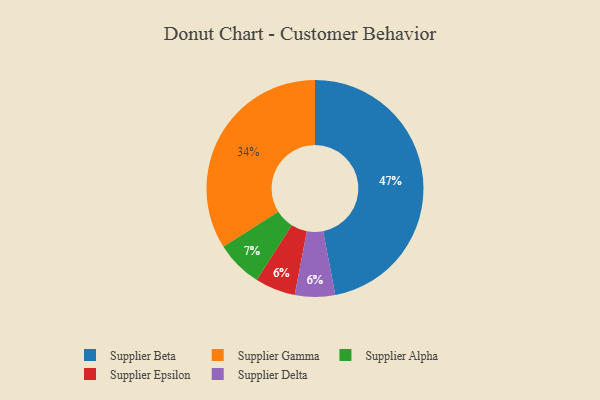
{"axis": {"x": "Category", "y": "Percentage"}, "legend": ["Supplier Alpha", "Supplier Beta", "Supplier Delta", "Supplier Epsilon", "Supplier Gamma"], "data": [{"x": "Supplier Epsilon", "y": 6, "type": "Supplier Epsilon"}, {"x": "Supplier Alpha", "y": 7, "type": "Supplier Alpha"}, {"x": "Supplier Gamma", "y": 34, "type": "Supplier Gamma"}, {"x": "Supplier Beta", "y": 47, "type": "Supplier Beta"}, {"x": "Supplier Delta", "y": 6, "type": "Supplier Delta"}]}